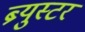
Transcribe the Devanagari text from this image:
ब्र्युस्टर